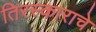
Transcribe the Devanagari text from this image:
तिरस्काराचे